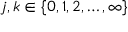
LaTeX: j , k \in \{ 0 , 1 , 2 , \ldots , \infty \}